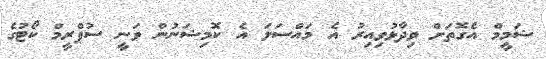
ޝަމީމް އެގޮތަށް ވިދާޅުވިއިރު އެ މައްސަލަ އެ ކޮމިޝަނުން ވަނީ ސުޕްރީމް ކޯޓުގެ